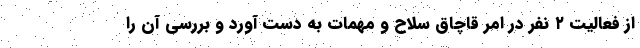
از فعالیت ۲ نفر در امر قاچاق سلاح و مهمات به دست آورد و بررسی آن را